Lunatic asylums Central Provinces reports 1886-1894 - 1886-1894
Year: 1886
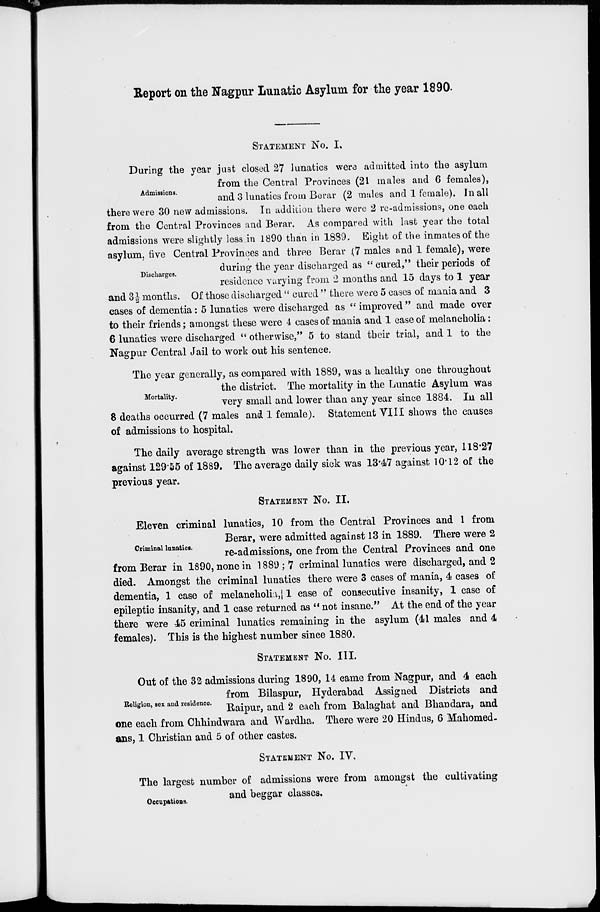
Report on the Nagpur Lunatic Asylum for the year 1890.
STATEMENT NO. I.
Admissions.
During the year just closed 27 lunatics were admitted into the asylum
from the Central Provinces (21 males and 6 females),
and 3 lunatics from Berar (2 males and 1 female). In all
there were 30 new admissions. In addition there were 2 re-admissions, one each
from the Central Provinces and Berar. As compared with last year the total
admissions were slightly less in 1890 than in 1889. Eight of the inmates of the
asylum, five Central Provinces and three Berar (7 males and 1 female), were
Discharges.
during the year discharged as " cured,'' their periods of
residence varying from 2 months and 15 days to 1 year
and 3½ months. Of those discharged " cured " there were 5 cases of mania and 3
cases of dementia: 5 lunatics were discharged as "improved" and made over
to their friends; amongst these were 4 cases of mania and 1 case of melancholia:
6 lunatics were discharged " otherwise," 5 to stand their trial, and 1 to the
Nagpur Central Jail to work out his sentence.
Mortality.
The year generally, as compared with 1889, was a healthy one throughout
the district. The mortality in the Lunatic Asylum was
very small and lower than any year since 1884. In all
8 deaths occurred (7 males and 1 female). Statement VIII shows the causes
of admissions to hospital.
The daily average strength was lower than in the previous year, 118.27
against 129.55 of 1889. The average daily sick was 13.47 against 10.12 of the
previous year.
STATEMENT No. II.
Criminal lunatics.
Eleven criminal lunatics, 10 from the Central Provinces and 1 from
Berar, were admitted against 13 in 1889. There were 2
re-admissions, one from the Central Provinces and one
from Berar in 1890, none in 1889 ; 7 criminal lunatics were discharged, and 2
died. Amongst the criminal lunatics there were 3 cases of mania, 4 cases of
dementia, 1 case of melancholia , 1 case of consecutive insanity, 1 case of
epileptic insanity, and 1 case returned as " not insane." At the end of the year
there were 45 criminal lunatics remaining in the asylum (41 males and 4
females). This is the highest number since 1880.
STATEMENT NO. III.
Religion, sex and residence.
Out of the 32 admissions during 1890, 14 came from Nagpur , and 4 each
from Bilaspur, Hyderabad Assigned Districts and
Raipur, and 2 each from Balaghat and Bhandara, and
one each from Chhindwara and Wardha. There were 20 Hindus, 6 Mahomed-
ans, 1 Christian and 5 of other castes.
STATEMENT No. IV.
Occupations.
The largest number of admissions were from amongst the cultivating
and beggar classes.